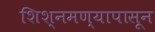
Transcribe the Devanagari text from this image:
शिश्नमण्यापासून